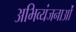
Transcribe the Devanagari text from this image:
अभिव्यंजनाओं